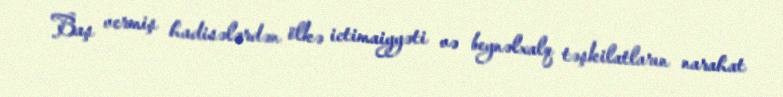
Baş vermiş hadisələrdən ölkə ictimaiyyəti və beynəlxalq təşkilatların narahat